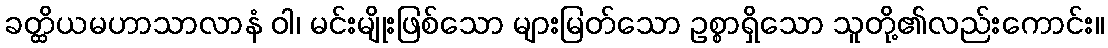
ခတ္ထိယမဟာသာလာနံ ဝါ၊ မင်းမျိုးဖြစ်သော များမြတ်သော ဥစ္စာရှိသော သူတို့၏လည်းကောင်း။